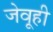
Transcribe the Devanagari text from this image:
जेवूही